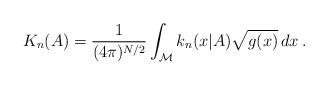
LaTeX: \begin{align*}K_n(A)=\frac{1}{(4\pi)^{N/2}}\int_{\cal M}k_n(x|A) \sqrt{g(x)}\,dx\:.\end{align*}